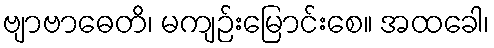
ဗျာဗာဓေတိ၊ မကျဉ်းမြောင်းစေ။ အထခေါ၊